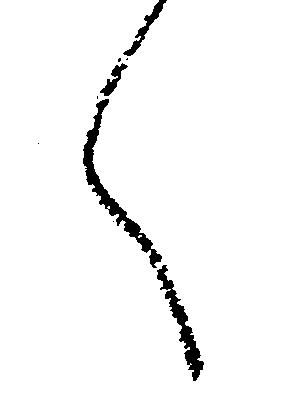
く